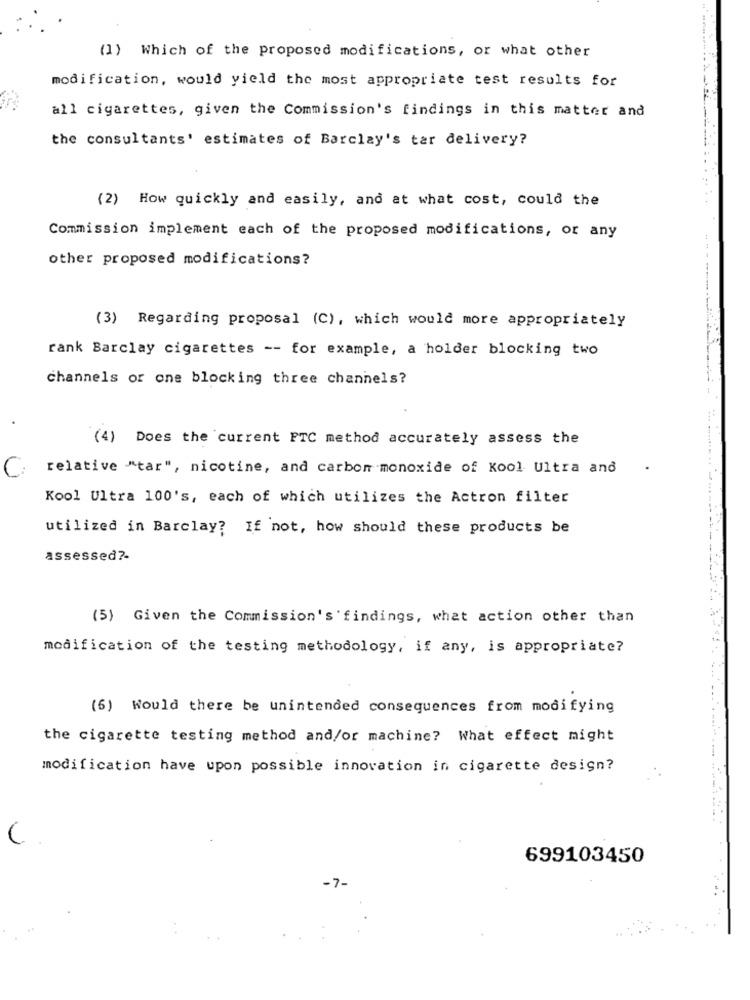
(1) Which of the proposed modifications, or what other
modification, would yield the most appropriate test results for
all cigarettes, given the Commission's findings in this matter and
the consultants' estimates of Barclay's tar delivery?
(2) How quickly and easily, and at what cost, could the
Commission implement each of the proposed modifications, or any
other proposed modifications?
(3) Regarding proposal (C), which would more appropriately
rank Barclay cigarettes -- for example, a holder blocking two
channels or one blocking three channels?
.
(4) Does the current FTC method accurately assess the
C
relative "tar", nicotine, and carbon monoxide of Kool Ultra and
Kool Ultra 100's, each of which utilizes the Actron filter
utilized in Barclay? If not, how should these products be
assessed ?-
(5) Given the Commission's findings, what action other than
modification of the testing methodology, if any, is appropriate?
(6) Would there be unintended consequences from modifying
the cigarette testing method and/or machine? What effect might
modification have upon possible innovation in cigarette design?
C
699103450